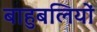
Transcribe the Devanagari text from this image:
बाहुबलियों